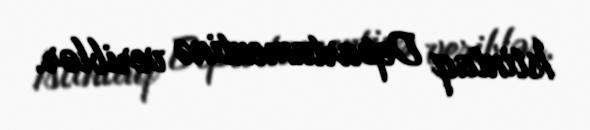
İstintaq Departamentinə veriblər.